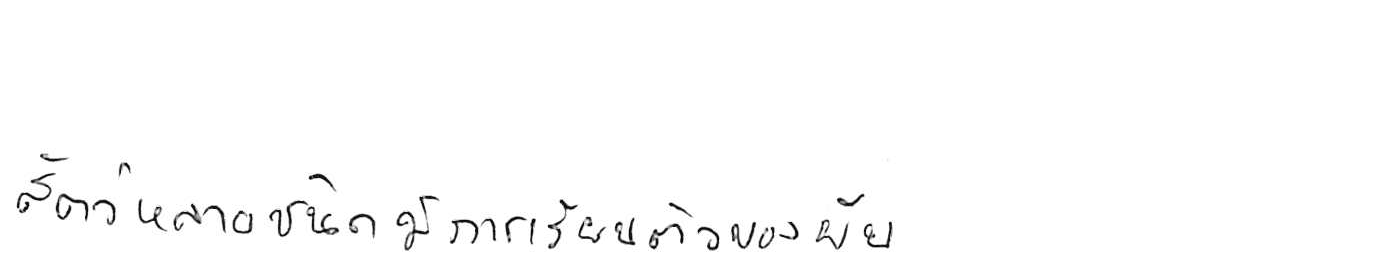
สัตว์หลายชนิดมีการเรียงตัวของยีน